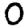
Digit: 0